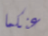
عنكما